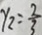
y _ { 2 } = \frac { 2 } { 3 }